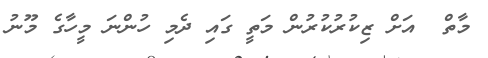
މާތް  އަށް ޒިކުރުކުރުން މަތީ ގައި ދެމި ހުންނަ މީހާގެ މޫނު